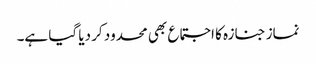
نماز جنازہ کا اجتماع بھی محدود کر دیا گیا ہے۔